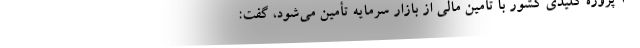
۲۰ پروژه کلیدی کشور با تأمین مالی از بازار سرمایه تأمین می‌شود، گفت: